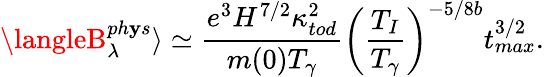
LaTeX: \langleB_{\lambda}^{ph\mathbf{y}s}\rangle\simeq\frac{{e^{3}H^{7/2}\kappa_{tod}^{2}}}{{m(0)T_{\gamma}}}\left(\frac{{T_{I}}}{{T_{\gamma}}}\right)^{-5/8b}t_{max}^{3/2}.